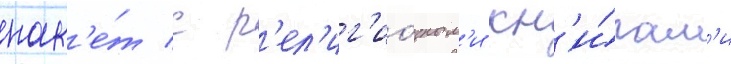
пак'е́т с р'ел'иг'ио́зным'и кн'и́гам'и